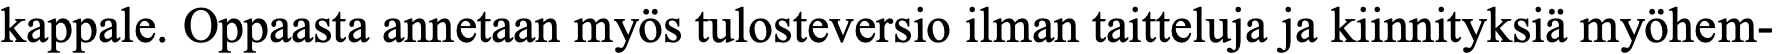
kappale. Oppaasta annetaan myös tulosteversio ilman taitteluja ja kiinnityksiä myöhem-